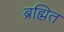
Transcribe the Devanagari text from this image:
ब्रह्मित